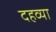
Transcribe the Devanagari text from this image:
दहव्या